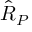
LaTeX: { \hat { R } } _ { P }